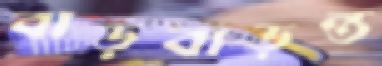
বাড়বাড়ন্ত